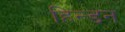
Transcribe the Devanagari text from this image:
हिन्‍डन